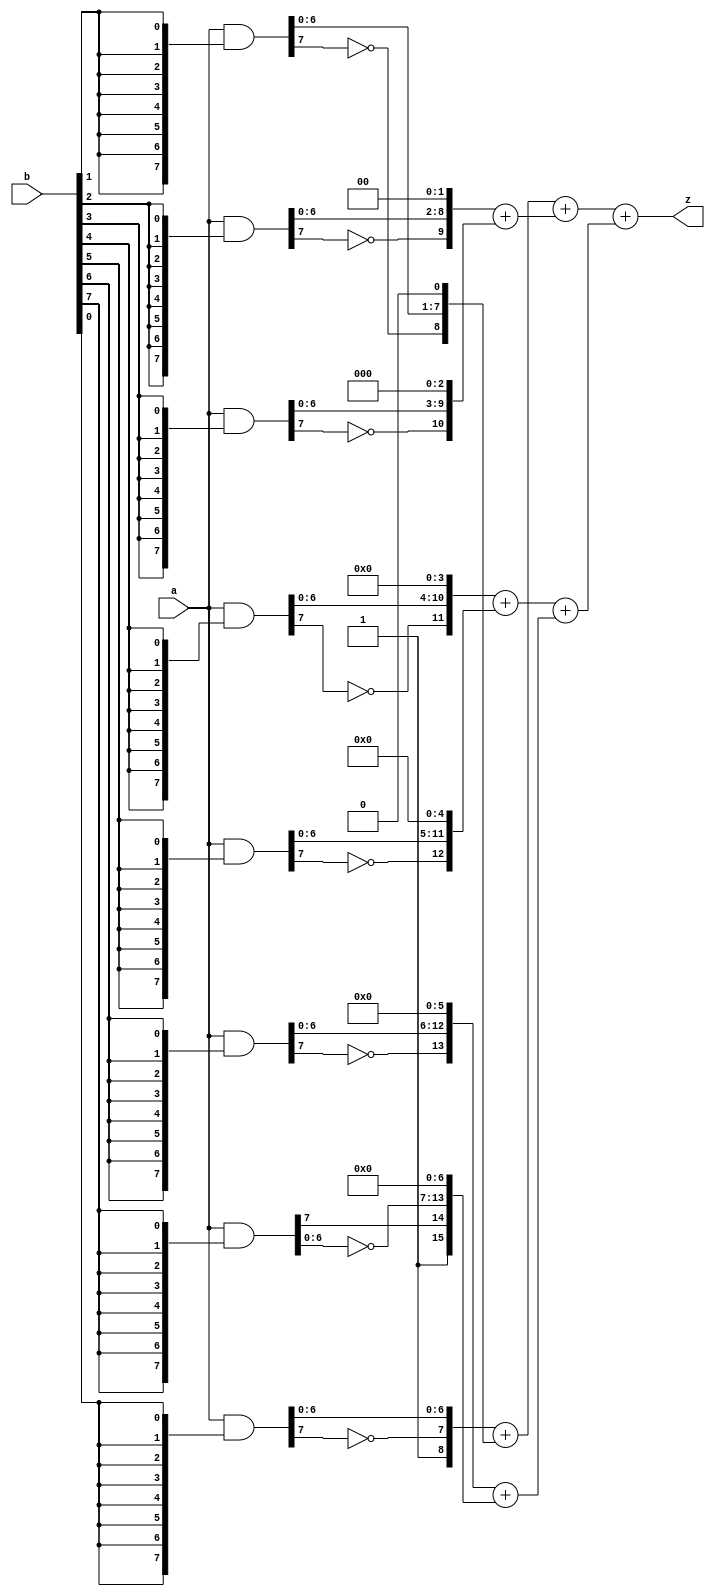
/************************************************
  The Verilog HDL code example is from the book
  Computer Principles and Design in Verilog HDL
  by Yamin Li, published by A JOHN WILEY & SONS
************************************************/
module mul_signed (a,b,z);                          // 8x8 signed multiplier
    input   [7:0] a, b;                             // a, b
    output [15:0] z;                                // z = a * b
    wire    [7:0] ab0 = a & {8{b[0]}};              // a or 0 for b[0]
    wire    [7:0] ab1 = a & {8{b[1]}};              // a or 0 for b[1]
    wire    [7:0] ab2 = a & {8{b[2]}};              // a or 0 for b[2]
    wire    [7:0] ab3 = a & {8{b[3]}};              // a or 0 for b[3]
    wire    [7:0] ab4 = a & {8{b[4]}};              // a or 0 for b[4]
    wire    [7:0] ab5 = a & {8{b[5]}};              // a or 0 for b[5]
    wire    [7:0] ab6 = a & {8{b[6]}};              // a or 0 for b[6]
    wire    [7:0] ab7 = a & {8{b[7]}};              // a or 0 for b[7]
    assign z = (({8'b1,~ab0[7], ab0[6:0]}        +  // << 0, + 1 in bit 8
                 {7'b0,~ab1[7], ab1[6:0],1'b0})  +  // << 1
                ({6'b0,~ab2[7], ab2[6:0],2'b0}   +  // << 2
                 {5'b0,~ab3[7], ab3[6:0],3'b0})) +  // << 3
               (({4'b0,~ab4[7], ab4[6:0],4'b0}   +  // << 4
                 {3'b0,~ab5[7], ab5[6:0],5'b0})  +  // << 5
                ({2'b0,~ab6[7], ab6[6:0],6'b0}   +  // << 6
                 {1'b1, ab7[7],~ab7[6:0],7'b0}));   // << 7, + 1 in bit 15
endmodule